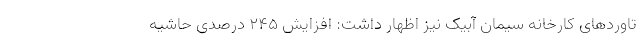
تاوردهای کارخانه سیمان آبیک نیز اظهار داشت: افزایش 245 درصدی حاشیه